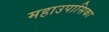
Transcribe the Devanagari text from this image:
महाउपासिका